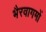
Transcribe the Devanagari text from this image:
भैरवागमों